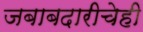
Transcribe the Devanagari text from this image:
जबाबदारीचेही